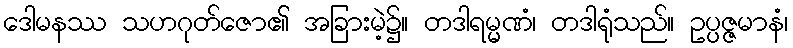
ဒေါမနဿ သဟဂုတ်ဇော၏ အခြားမဲ့၌။ တဒါရမ္မဏံ၊ တဒါရုံသည်။ ဥပ္ပဇ္ဇမာနံ၊